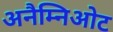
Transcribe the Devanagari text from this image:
अनैम्निओट